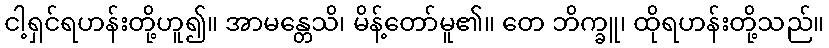
ငါ့ရှင်ရဟန်းတို့ဟူ၍။ အာမန္တေသိ၊ မိန့်တော်မူ၏။ တေ ဘိက္ခူ၊ ထိုရဟန်းတို့သည်။